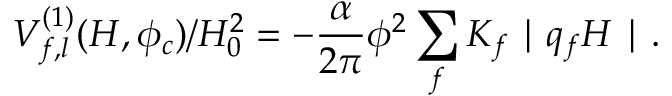
V _ { f , l } ^ { ( 1 ) } ( H , \phi _ { c } ) / H _ { 0 } ^ { 2 } = - \frac { \alpha } { 2 \pi } \phi ^ { 2 } \sum _ { f } K _ { f } \mid q _ { f } H \mid .